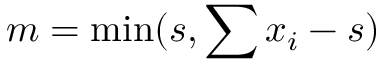
m = \operatorname* { m i n } ( s , \sum x _ { i } - s )